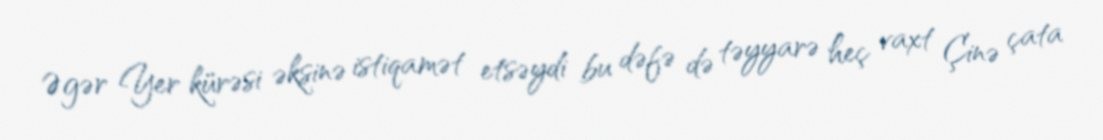
Əgər Yer kürəsi əksinə istiqamət etsəydi bu dəfə də təyyarə heç vaxt Çinə çata